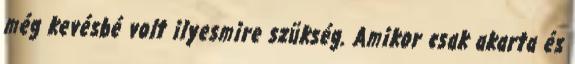
még kevésbé volt ilyesmire szükség. Amikor csak akarta és